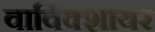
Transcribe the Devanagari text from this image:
वार्विक्शायर